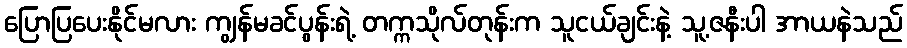
ပြောပြပေးနိုင်မလား ကျွန်မခင်ပွန်းရဲ့ တက္ကသိုလ်တုန်းက သူငယ်ချင်းနဲ့ သူ့ဇနီးပါ အာယနဲသည်